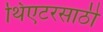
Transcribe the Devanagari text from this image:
थिएटरसाठी